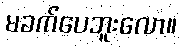
မခက်ပေဘူးလော။